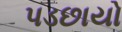
પડછાયો